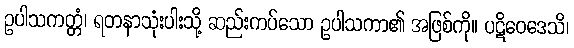
ဥပါသကတ္တံ၊ ရတနာသုံးပါးသို့ ဆည်းကပ်သော ဥပါသကာ၏ အဖြစ်ကို။ ပဋိဝေဒေသိ၊